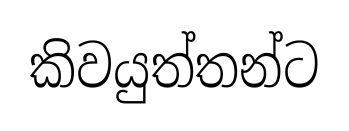
කිවයුත්තන්ට